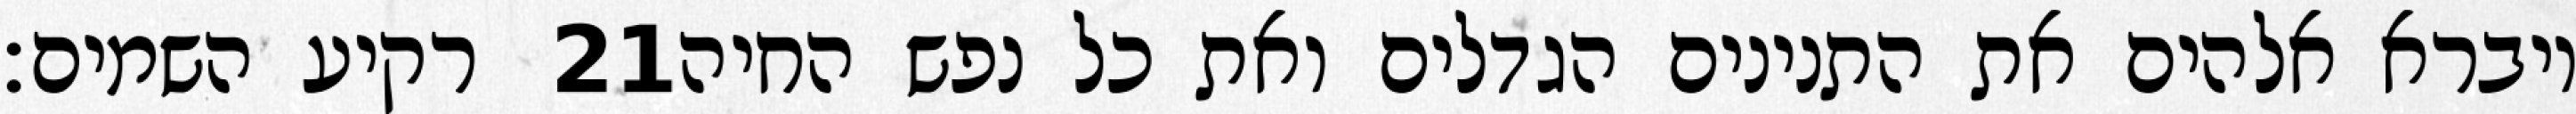
רקיע השמים׃ ‎21‏ ויברא אלהים את התנינים הגדלים ואת כל נפש החיה